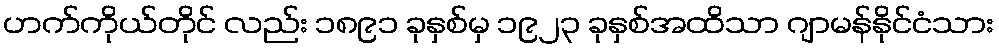
ဟက်ကိုယ်တိုင် လည်း ၁၈၉၁ ခုနှစ်မှ ၁၉၂၃ ခုနှစ်အထိသာ ဂျာမန်နိုင်ငံသား